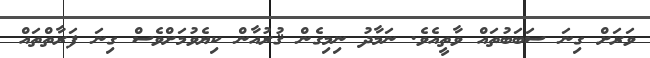
ވަރަށް ގިނަ ސަބަބުތައް ވާތީއެވެ. ނަމާދު ނިމިގެން ޤުރުއާން ކިޔެވުމަށްވެސް ގިނަ ފަރާތްތައް